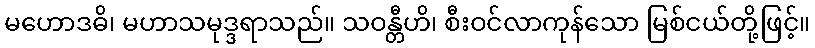
မဟောဒဓိ၊ မဟာသမုဒ္ဒရာသည်။ သဝန္တီဟိ၊ စီးဝင်လာကုန်သော မြစ်ငယ်တို့ဖြင့်။